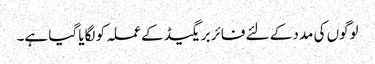
لوگوں کی مدد کے لئے فائر بریگیڈ کے عملہ کو لگایا گیا ہے۔